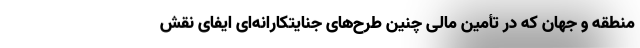
منطقه و جهان که در تأمین مالی چنین طرح‌های جنایتکارانه‌ای ایفای نقش